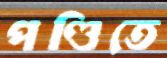
পণ্ডিতে